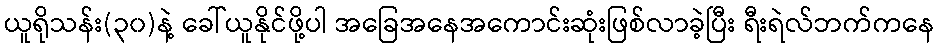
ယူရိုသန်း(၃၀)နဲ့ ခေါ်ယူနိုင်ဖို့ပါ အခြေအနေအကောင်းဆုံးဖြစ်လာခဲ့ပြီး ရီးရဲလ်ဘက်ကနေ